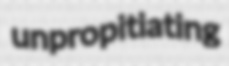
unpropitiating